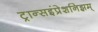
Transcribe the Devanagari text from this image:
ट्रान्सइंप्रेशनिझम्